Annual administration report of the Civil Veterinary Department of India - 1898-1899
Year: 1898
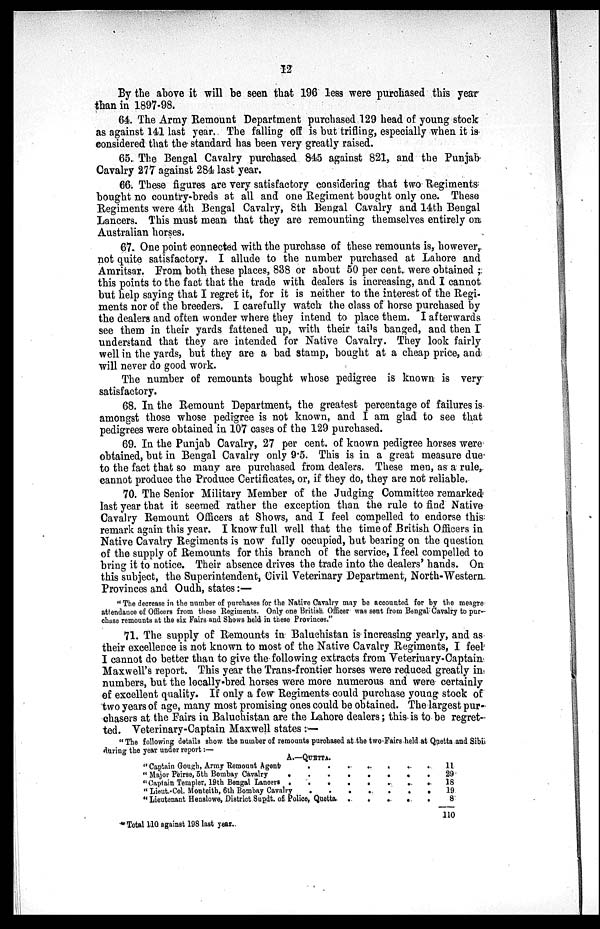
12
By the above it will be seen that 196 less were purchased this year
than in 1897-98.
64. The Army Remount Department purchased 129 head of young stock
as against 141 last year. The falling off is but trifling, especially when it is
considered that the standard has been very greatly raised.
65. The Bengal Cavalry purchased 845 against 821, and the Punjab
Cavalry 277 against 284 last year.
66. These figures are very satisfactory considering that two Regiments
bought no country-breds at all and one Regiment bought only one. These
Regiments were 4th Bengal Cavalry, 8th Bengal Cavalry and 14th Bengal
Lancers. This must mean that they are remounting themselves entirely on
Australian horses.
67. One point connected with the purchase of these remounts is, however,
not quite satisfactory. I allude to the number purchased at Lahore and
Amritsar. From both these places, 838 or about 50 per cent. were obtained;
this points to the fact that the trade with dealers is increasing, and I cannot
but help saying that I regret it, for it is neither to the interest of the Regi-
ments nor of the breeders. I carefully watch the class of horse purchased by
the dealers and often wonder where they intend to place them. I afterwards
see them in their yards fattened up, with their tails banged, and then I
understand that they are intended for Native Cavalry. They look fairly
well in the yards, but they are a bad stamp, bought at a cheap price, and
will never do good work.
The number of remounts bought whose pedigree is known is very
satisfactory.
68. In the Remount Department, the greatest percentage of failures is
amongst those whose pedigree is not known, and I am glad to see that
pedigrees were obtained in 107 cases of the 129 purchased.
69. In the Punjab Cavalry, 27 per cent. of known pedigree horses were
obtained, but in Bengal Cavalry only 9.5. This is in a great measure due
to the fact that so many are purchased from dealers. These men, as a rule,
cannot produce the Produce Certificates, or, if they do, they are not reliable.
70. The Senior Military Member of the Judging Committee remarked
last year that it seemed rather the exception than the rule to find Native
Cavalry Remount Officers at Shows, and I feel compelled to endorse this
remark again this year. I know full well that the time of British Officers in
Native Cavalry Regiments is now fully occupied, but bearing on the question
of the supply of Remounts for this branch of the service, I feel compelled to
bring it to notice. Their absence drives the trade into the dealers' hands. On
this subject, the Superintendent, Civil Veterinary Department, North-Western
Provinces and Oudh, states:—
"The decrease in the number of purchases for the Native Cavalry may be accounted for by the meagre
attendance of Officers from these Regiments. Only one British Officer was sent from Bengal Cavalry to pur-
chase remounts at the six Fairs and Shows held in these Provinces."
71. The supply of Remounts in Baluchistan is increasing yearly, and as
their excellence is not known to most of the Native Cavalry Regiments, I feel
I cannot do better than to give the following extracts from Veterinary-Captain
Maxwell's report. This year the Trans-frontier horses were reduced greatly in
numbers, but the locally-bred horses were more numerous and were certainly
of excellent quality. If only a few Regiments could purchase young stock of
two years of age, many most promising ones could be obtained. The largest pur-
chasers at the Fairs in Baluchistan are the Lahore dealers; this is to be regret-
ted. Veterinary-Captain Maxwell states:—
"The following details show the number of remounts purchased at the two Fairs held at Quetta and Sibi
during the year under report:—
A.—QUETTA.
"Captain Gough, Army Remount Agent . . . . . .
"Major Peirse, 5th Bombay Cavalry
.
.
.
.
.
.
.
"Captain Templer, 19th Bengal Lancers . . . . . . . .
"Lieut.-Col. Monteith, 6th Bombay Cavalry . . . . . . .
"Lieutenant Henslowe, District Supdt. of Police, Quetta . . . . .
11
29
18
19
8
110
"Total 110 against 198 last year.